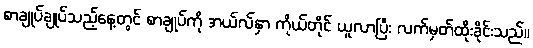
စာချုပ်ချုပ်သည့်နေ့တွင် စာချုပ်ကို အယ်လ်နှာ ကိုယ်တိုင် ယူလာပြီး လက်မှတ်ထိုးခိုင်းသည်။